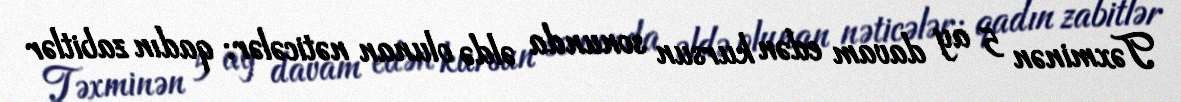
Təxminən 5 ay davam edən kursun sonunda əldə olunan nəticələr: qadın zabitlər